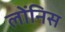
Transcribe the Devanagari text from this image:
लोंनिस